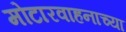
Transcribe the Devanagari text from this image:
मोटारवाहनाच्या